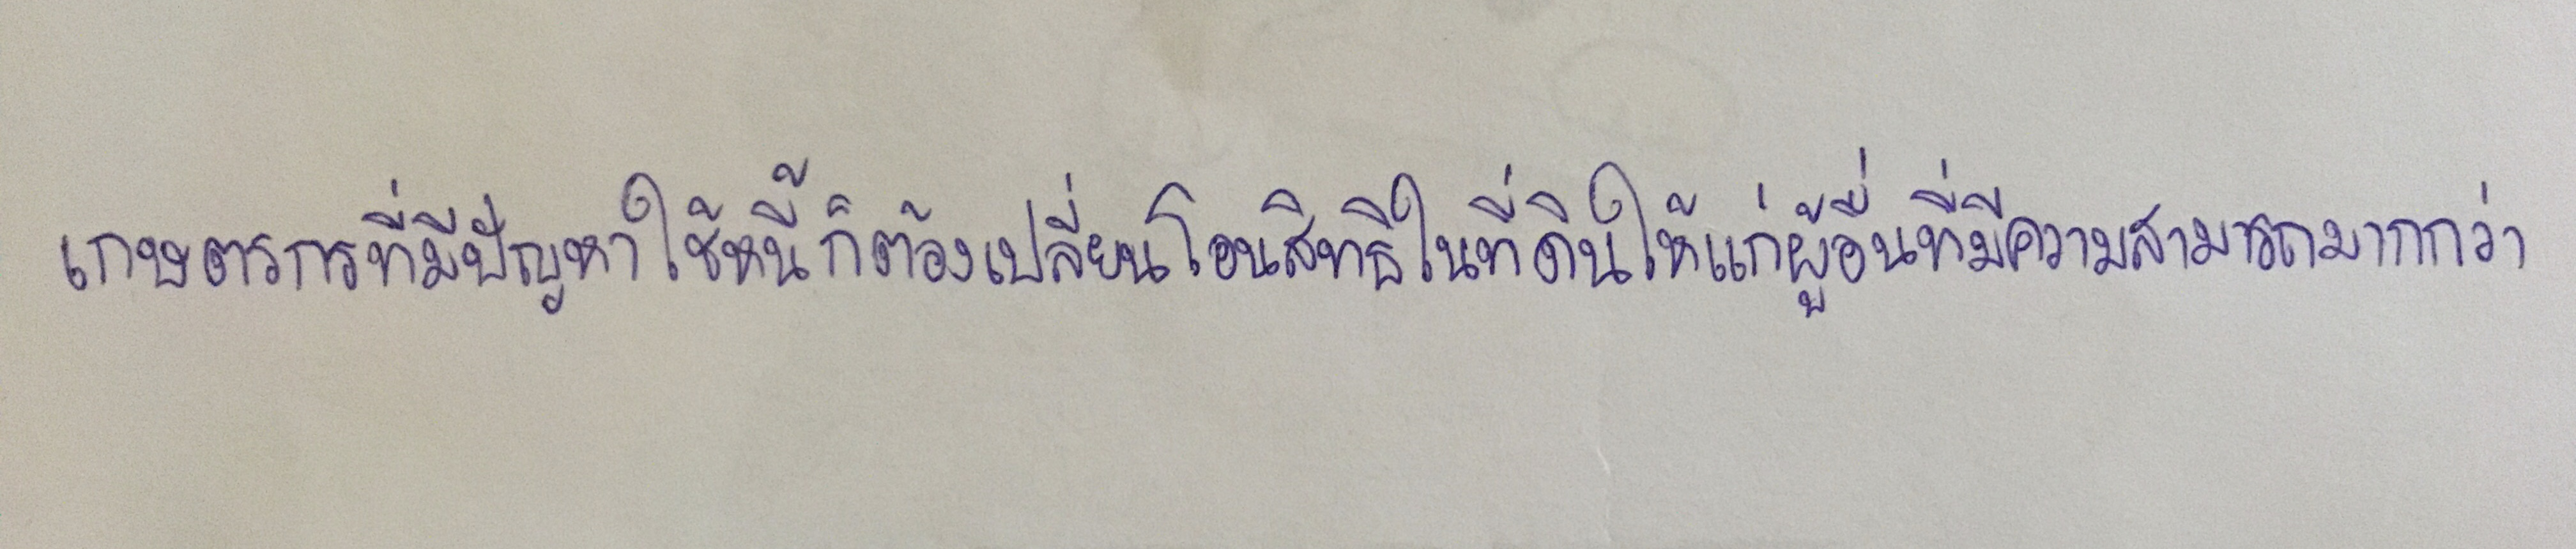
เกษตรกรที่มีปัญหาใช้หนี้ก็ต้องเปลี่ยนโอนสิทธิในที่ดินให้แก่ผู้อื่นที่มีความสามารถมากกว่า